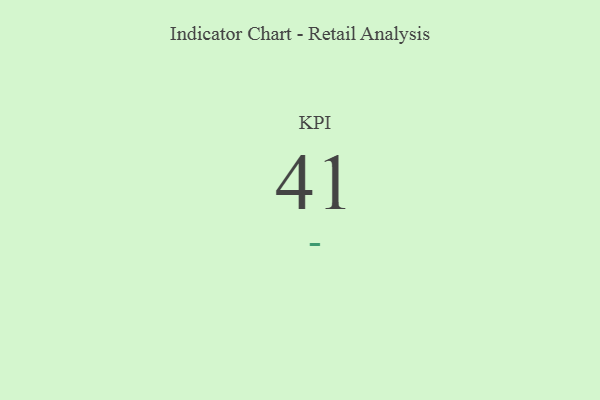
{"axis": {"x": "KPI", "y": "Value"}, "legend": [""], "data": [{"x": "KPI", "y": 41, "type": ""}]}